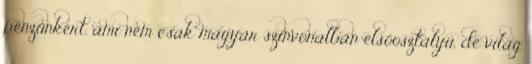
pénzünkért, ami nem csak magyar színvonalban elsőosztályú, de világ